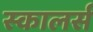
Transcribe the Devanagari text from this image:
स्कालर्स